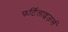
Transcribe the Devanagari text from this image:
फर्टिलाइज़र्स